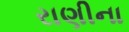
રાણીના